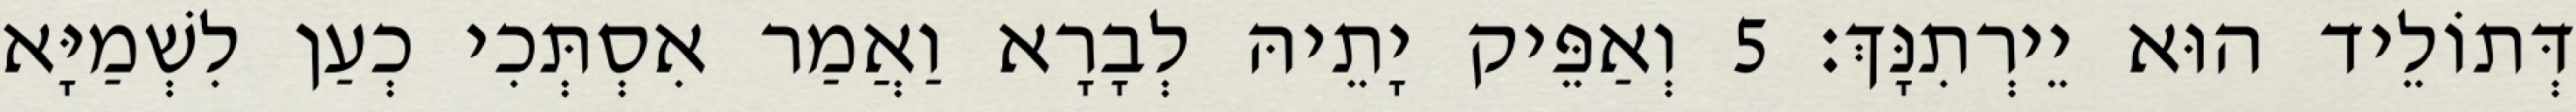
דְּתוֹלֵיד הוּא יֵירְתִנָּךְ׃ 5 וְאַפֵּיק יָתֵיהּ לְבָרָא וַאֲמַר אִסְתְּכִי כְעַן לִשְׁמַיָּא